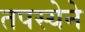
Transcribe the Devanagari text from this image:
तपस्येने